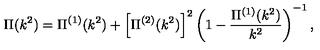
\Pi ( k ^ { 2 } ) = \Pi ^ { ( 1 ) } ( k ^ { 2 } ) + \left[ \Pi ^ { ( 2 ) } ( k ^ { 2 } ) \right] ^ { 2 } \left( 1 - \frac { \Pi ^ { ( 1 ) } ( k ^ { 2 } ) } { k ^ { 2 } } \right) ^ { - 1 } ,